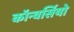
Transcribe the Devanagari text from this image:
कॉन्वर्सियो